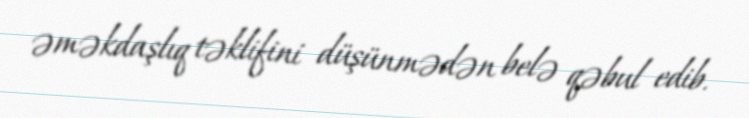
əməkdaşlıq təklifini düşünmədən belə qəbul edib.